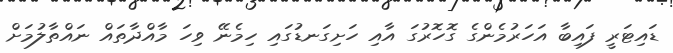
ޑައިޓަރީ ފައިބާ އަހަރުމެންގެ ގޮހޮރުގަ އާއި ހަށިގަނޑުގައި ހިމެނޭ ވިހަ މާއްދާތައް ނައްތާލުމަށް